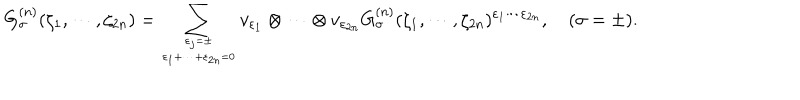
LaTeX: G _ { \sigma } ^ { ( n ) } ( \zeta _ { 1 } , \cdots , \zeta _ { 2 n } ) = \sum _ { \varepsilon _ { j } = \pm \atop \varepsilon _ { 1 } + \cdots + \varepsilon _ { 2 n } = 0 } v _ { \varepsilon _ { 1 } } \otimes \cdots \otimes v _ { \varepsilon _ { 2 n } } G _ { \sigma } ^ { ( n ) } ( \zeta _ { 1 } , \cdots , \zeta _ { 2 n } ) ^ { \varepsilon _ { 1 } \cdots \varepsilon _ { 2 n } } , ~ ( \sigma = \pm ) .